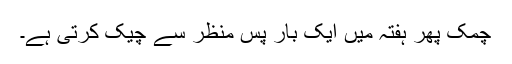
چمک پھر ہفتہ میں ایک بار پس منظر سے چیک کرتی ہے۔